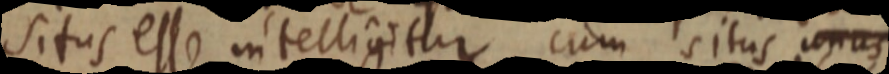
situs esse intelligitur, cum situs ionus